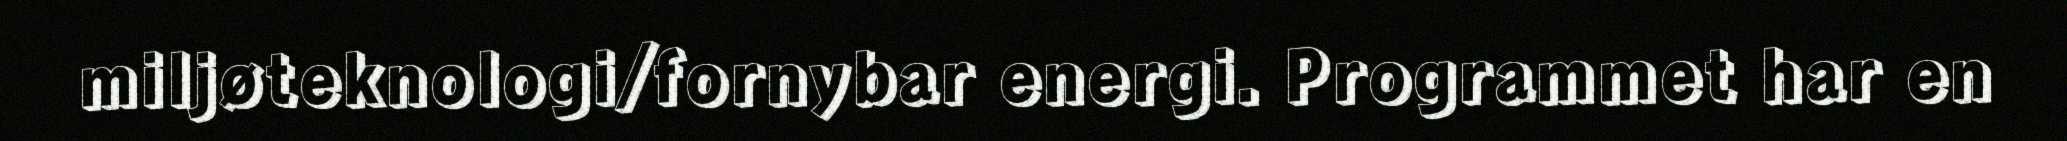
miljøteknologi/fornybar energi. Programmet har en